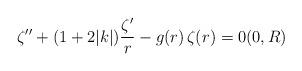
LaTeX: \begin{align*}\zeta'' + (1 + 2|k|)\frac{\zeta'}{r} - g(r)\,\zeta(r) = 0 (0,R)\end{align*}